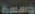
وسعة